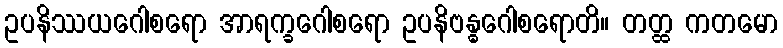
ဥပနိဿယဂေါစရော အာရက္ခဂေါစရော ဥပနိဗန္ဓဂေါစရောတိ။ တတ္ထ ကတမော